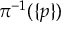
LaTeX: \pi ^ { - 1 } ( \{ p \} )